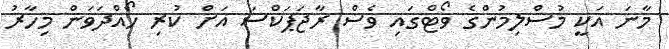
މާނަ އަކީ މުސްލިމުންގެ ވޯޓްގައި ވެސް ރާޖަޕަކްސަ އަށް ކުރި ހޯއްދަވަން މިހާރު